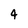
Character: 4